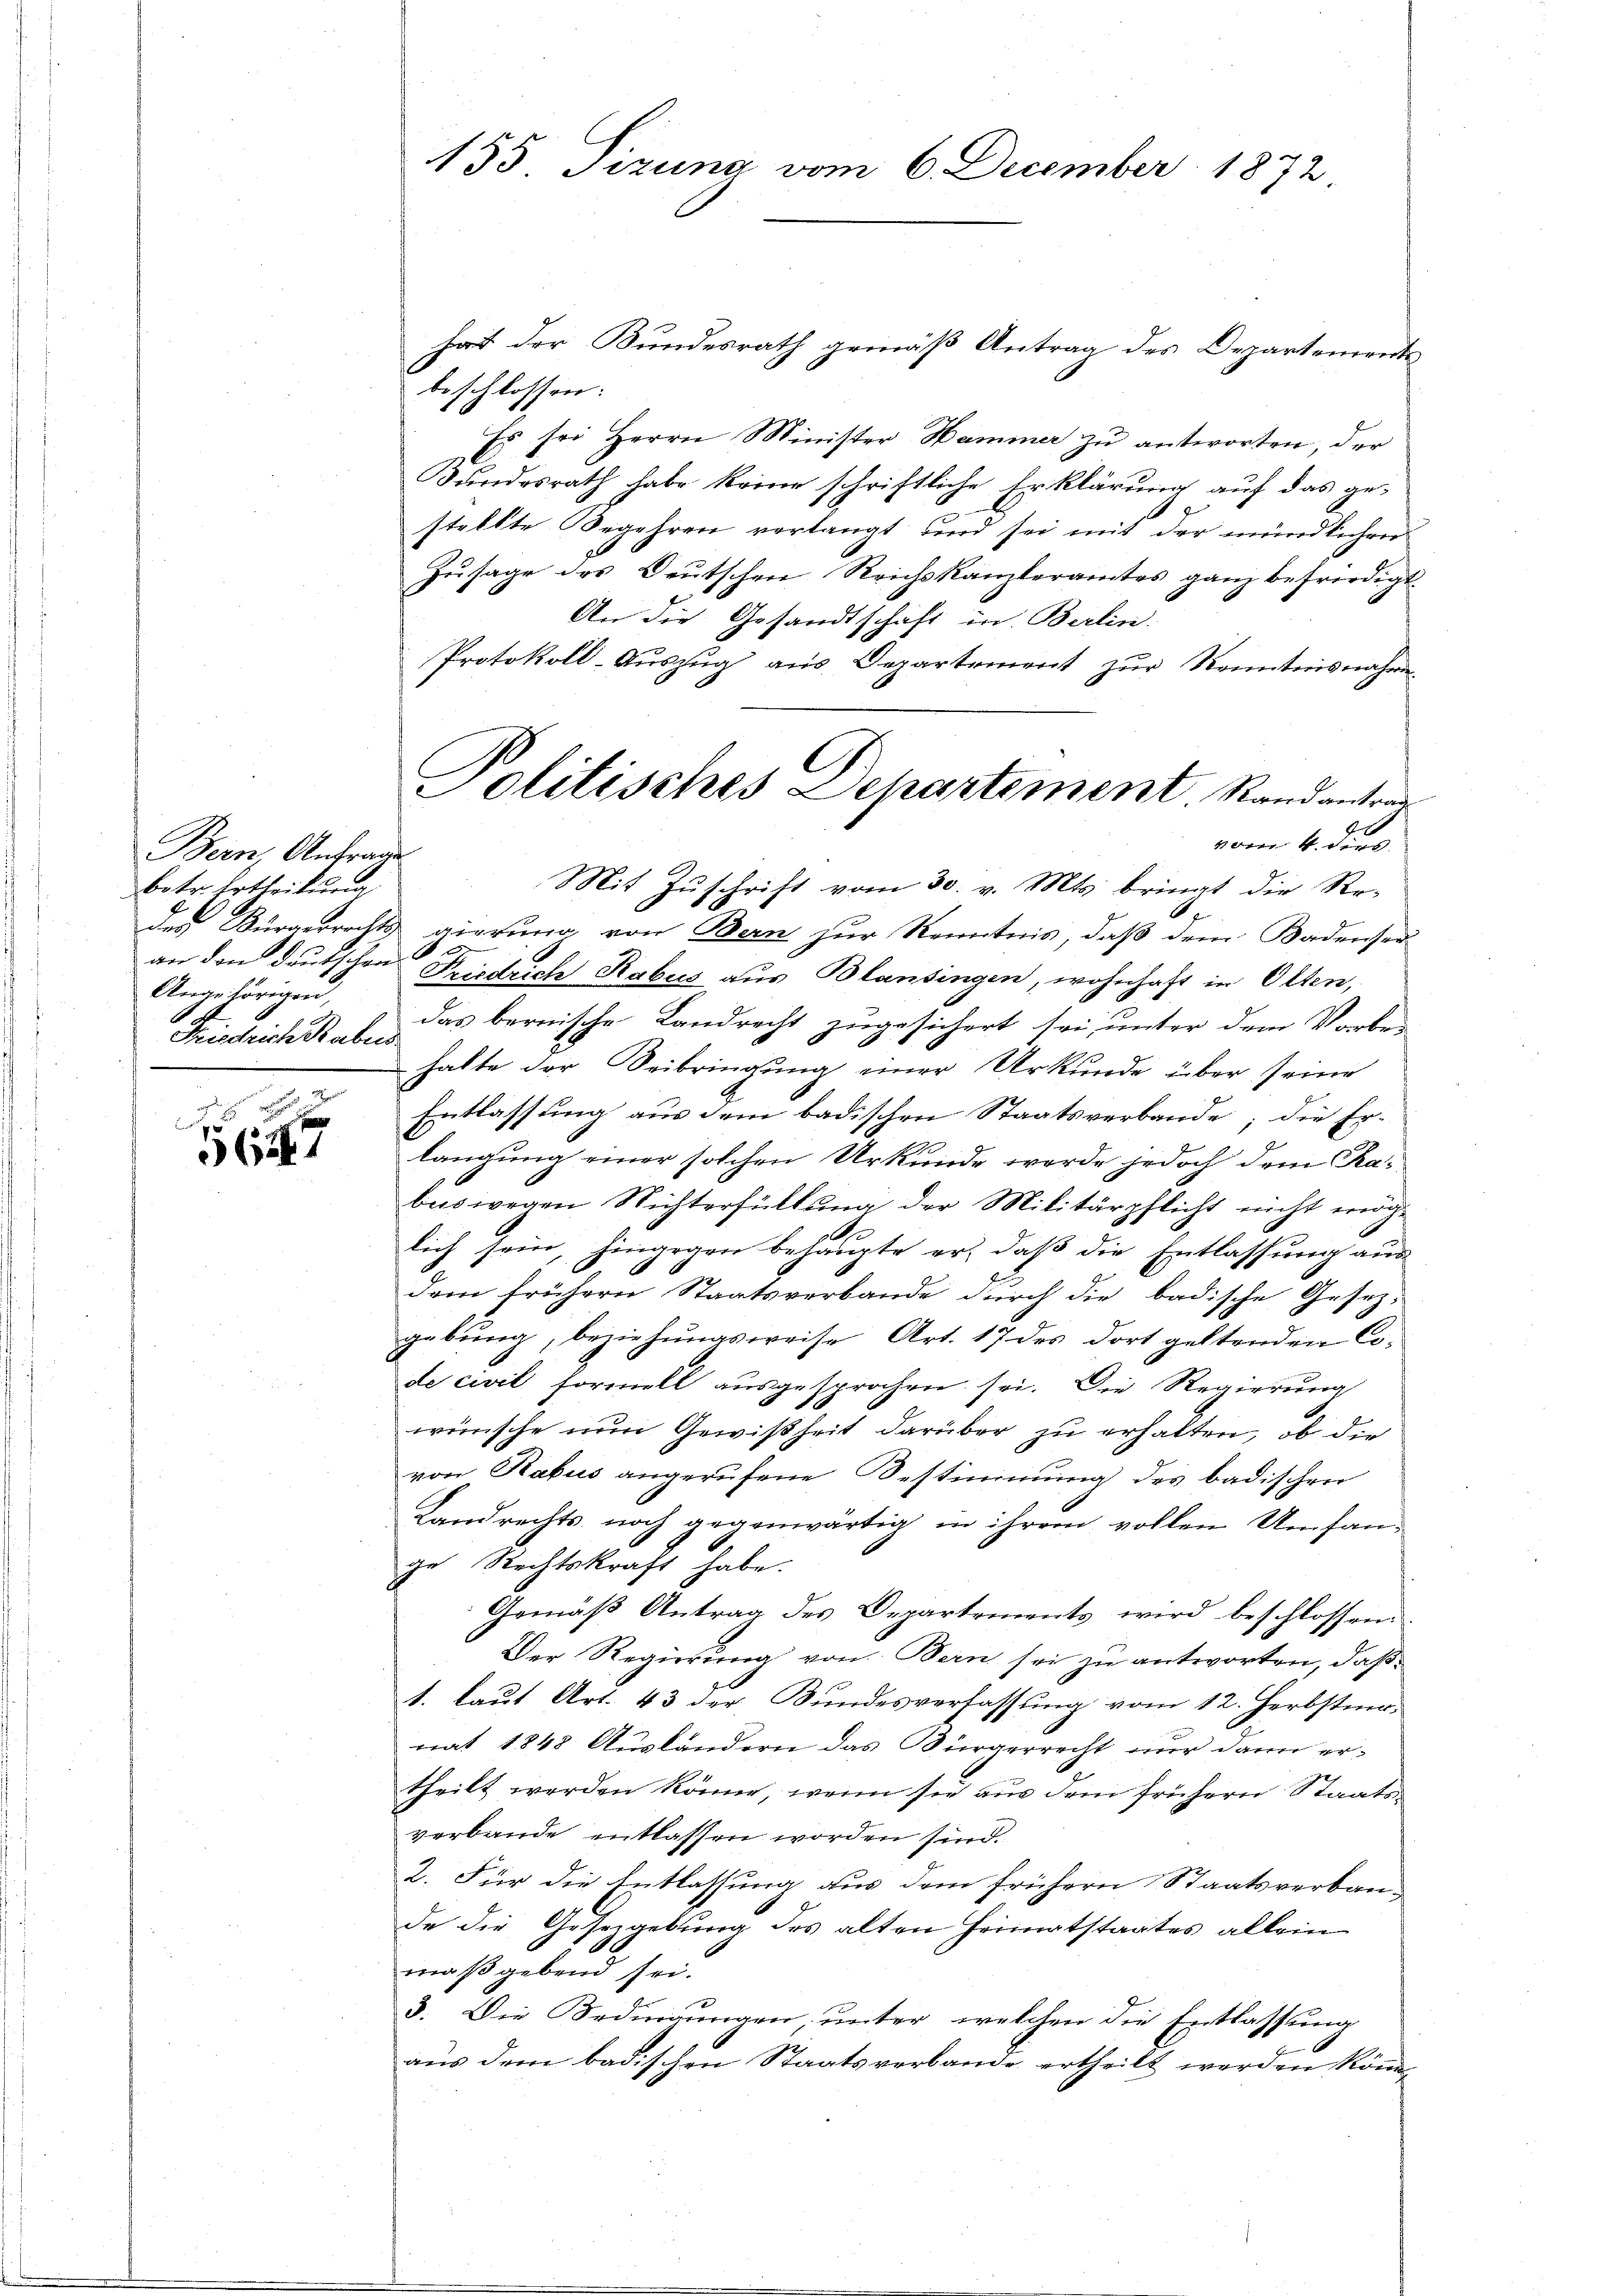
Bern, Anfrage
betr. Ertheilŭng
Angehörigen,
Frischeiche Baben

l
5647

hat der Bundesrath gemäß Antrag des Departements
beschlossen:
Es sei Herrn Minister Hammer zu antworten, der
Bundesrath habe keine schriftliche Erklärung auf das gestellte Begehren verlangt und sei mit der mündlichen
Zusage des Deutschen Reichskanzleramtes ganz befriedigt.
An die Gesandtschaft in Berlin.
Protokoll-Aŭszŭg aŭs Departement zŭr Kenntnisnahmen
vom 4. ders
Mit Zŭschrift vom 30. v. Mts. bringt die Re-
des Bürgerrechts gierung von Bern zur Kenntnis, daß dem Badenser
d
s
an den deutschen Friedrich Rabus aus Blansingen, wohnhaft in Olten,
das bernische Landrecht zugesichert sei unter dem Vorbes
halte der Beibringung einer Urkunde über seine
Entlassung aus dem badischen Staatsverbande; die Erlangung einer solchen Urkunde werde jedoch dem Rabeswegen Nichterfüllung der Militärpflicht nicht möglich sein, hingegen behaupte er, daß die Entlassung aus
dem frühern Staatsverbande durch die badische Gesezgebung, beziehungsweise Art. 17 des dort geltenden Code civil formell ausgesprochen sei. Die Regierung
wünsche nun Gewißheit darüber zu erhalten, ob die
von Rabus angerufene Bestimmung des badischen
Landrechts noch gegenwärtig in ihrem vollen Umfange Rechtskraft habe.
Gemäß Antrag des Departements wird beschlossen.
Der Regierung von Bern sei zu antworten, daß
1. laŭt Art. 43 der Bundesverfassŭng vom 12. Herbster.
nat 1848 Ausländern das Bürgerrecht nur dann ertheilt werden könne, wenn sie aus dem frühern Staatsverbande entlassen worden sind.
2. Für die Entlassung aus dem frühern Staatsverbande die Gesetzgebung des alten Heimatstaates allein
mäß gebend sei.
3. Die Bedingungen, unter welchen die Entlassung
aus dem badischen Staatsverbande ertheilt werden könne

155. Sizung vom 6. December 1872

Politisches Departement. Rand antrag